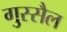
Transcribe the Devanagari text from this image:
गुस्सैल